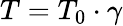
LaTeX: T=T_{0}\cdot\gamma